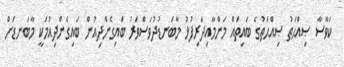
ކަވާސާ ޞިއްޙަތު ޞިއްޙަތުގެ ބައިތައް މަންމާއިދަރިފުޅު މާބަނޑުދުވަސްވަރު ބައިގެންދިއުން ބައިގެންދިއުމަކީ މާބަނޑަށް